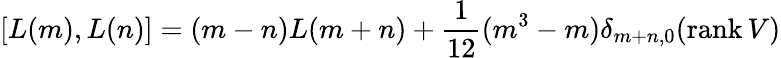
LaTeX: [L(m),L(n)]=(m-n)L(m+n)+\frac{1}{12}(m^{3}-m)\delta_{m+n,0}(\mathrm{rank}\, V)